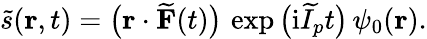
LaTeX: \widetilde{s}(\mathbf{r},t)=\big(\mathbf{r}\cdot\widetilde{\mathbf{F}}(t)\big)\, \exp\big(\mathrm{i}\widetilde{I}_{p}t\big)\, \psi_{0}(\mathbf{r}).